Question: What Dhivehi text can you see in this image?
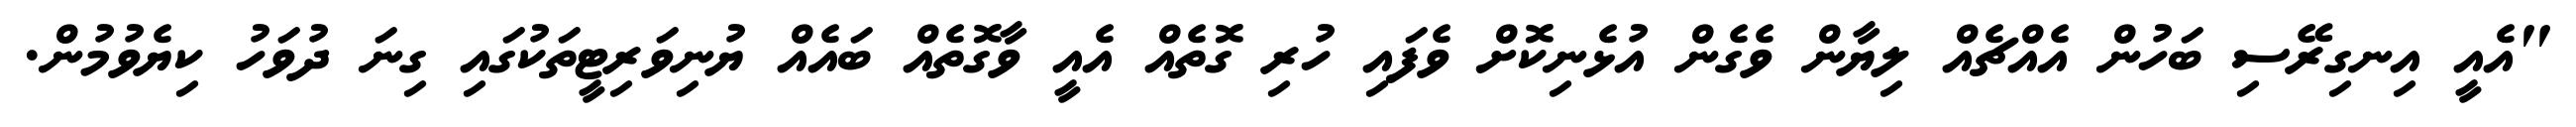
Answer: "އެއީ އިނގިރޭސި ބަހުން އެއްޗެއް ލިޔާން ވެގެން އުޅެނިކޮށް ވެފައި ހުރި ގޮތެއް އެއީ ވާގޮތެއް ބައެއް ޔުނިވަރިޓީތަކުގައި ގިނަ ދުވަހު ކިޔެވުމުން.